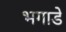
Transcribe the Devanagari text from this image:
भगाडे